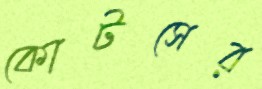
কোটসের